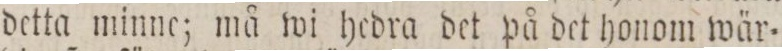
detta minne; må wi hedra det på det honom wär=